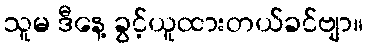
သူမ ဒီနေ့ ခွင့်ယူထားတယ်ခင်ဗျာ။